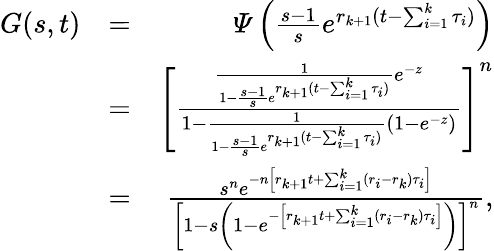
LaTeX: \begin{array}{rlr}{G(s,t)}&{=}&{\varPsi\left(\frac{s-1}{s}e^{r_{k+1}(t-\sum_{i=1}^{k}\tau_{i})}\right)}\\ &{=}&{\left[\frac{\frac{1}{1-\frac{s-1}{s}e^{r_{k+1}(t-\sum_{i=1}^{k}\tau_{i})}}e^{-z}}{1-\frac{1}{1-\frac{s-1}{s}e^{r_{k+1}(t-\sum_{i=1}^{k}\tau_{i})}}(1-e^{-z})}\right]^{n}}\\ &{=}&{\frac{s^{n}e^{-n\left[r_{k+1}t+\sum_{i=1}^{k}(r_{i}-r_{k})\tau_{i}\right]}}{\left[1-s\left(1-e^{-\left[r_{k+1}t+\sum_{i=1}^{k}(r_{i}-r_{k})\tau_{i}\right]}\right)\right]^{n}},}\end{array}